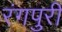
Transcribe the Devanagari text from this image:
रंगपुरी